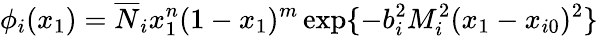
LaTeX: \phi_{i}(x_{1})=\overline{{{N}}}_{i}x_{1}^{n}(1-x_{1})^{m}\exp\{ -b_{i}^{2}M_{i}^{2}(x_{1}-x_{i0})^{2}\}